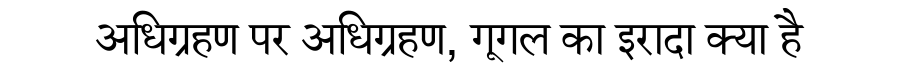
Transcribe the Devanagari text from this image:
अधिग्रहण पर अधिग्रहण, गूगल का इरादा क्या है